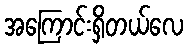
အကြောင်းရှိတယ်လေ